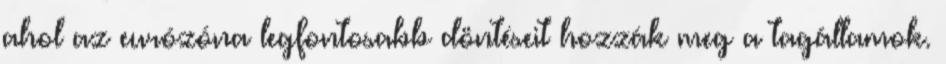
ahol az eurózóna legfontosabb döntéseit hozzák meg a tagállamok.